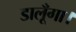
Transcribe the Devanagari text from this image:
डालूँगा।